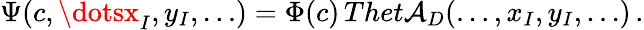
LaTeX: \Psi(c,\dotsx_{I},y_{I},\dots)=\Phi(c)\, Thet\mathcal{A}_{D}(\dots,x_{I},y_{I},\dots)\, .